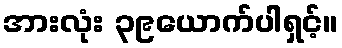
အားလုံး ၃၉ယောက်ပါရှင့်။